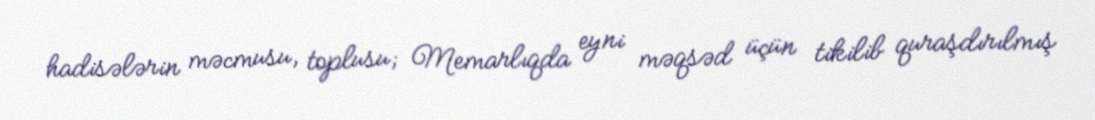
hadisələrin məcmusu, toplusu; Memarlıqda eyni məqsəd üçün tikilib quraşdırılmış